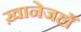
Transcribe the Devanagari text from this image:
ख़ानेजहाँ